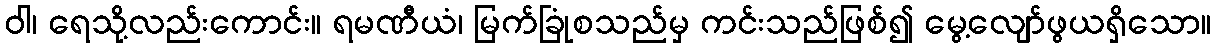
ဝါ၊ ရေသို့လည်းကောင်း။ ရမဏီယံ၊ မြက်ခြုံစသည်မှ ကင်းသည်ဖြစ်၍ မွေ့လျော်ဖွယရှိသော။